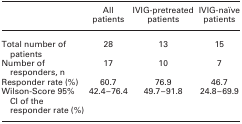
|  | All patients | IVIG-pretreated patients | IVIG-naïve patients |
 | --- | --- | --- | --- |
 | Total number of patients | 28 | 13 | 15 |
 | Number of responders, n | 17 | 10 | 7 |
 | Responder rate (%) | 60.7 | 76.9 | 46.7 |
 | Wilson-Score 95% CI of the responder rate (%) | 42.4–76.4 | 49.7–91.8 | 24.8–69.9 |